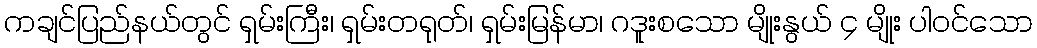
ကချင်ပြည်နယ်တွင် ရှမ်းကြီး၊ ရှမ်းတရုတ်၊ ရှမ်းမြန်မာ၊ ဂဒူးစသော မျိုးနွယ် ၄ မျိုး ပါဝင်သော